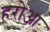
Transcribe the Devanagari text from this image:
हरोआ